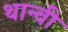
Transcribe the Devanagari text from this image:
थान्वी